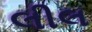
લીલ